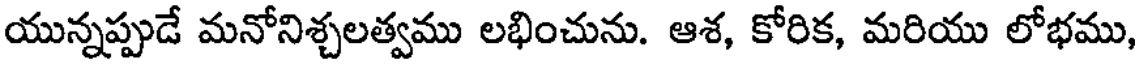
యున్నప్పుడే మనోనిశ్చలత్వము లభించును. ఆశ, కోరిక, మరియు లోభము,